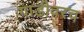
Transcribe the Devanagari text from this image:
गाडीवरच